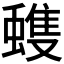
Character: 𮔺